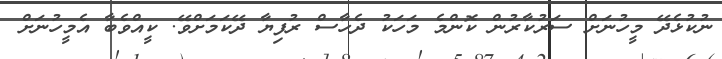
ނުކުޅެދޭ މީހުނަށް ސަރުކާރުން ކޮންމެ މަހަކު ދެހާސް ރުފިޔާ ދޭކަމަށްވޭ. ކީއްވެބާ އެމީހުނަށް